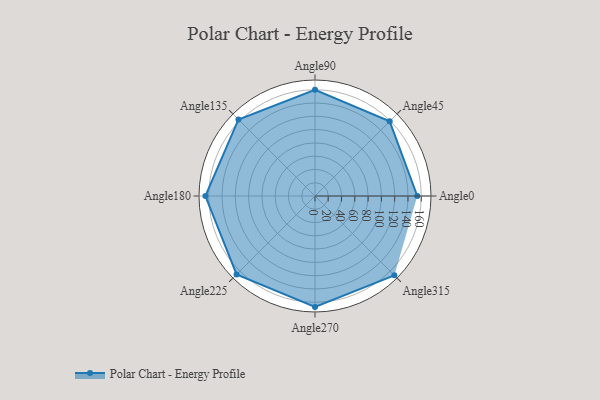
{"axis": {"x": "Angle", "y": "Radius"}, "legend": [""], "data": [{"x": "Angle0", "y": 154.0, "type": ""}, {"x": "Angle45", "y": 159.0, "type": ""}, {"x": "Angle90", "y": 160.0, "type": ""}, {"x": "Angle135", "y": 163.0, "type": ""}, {"x": "Angle180", "y": 165.0, "type": ""}, {"x": "Angle225", "y": 167.0, "type": ""}, {"x": "Angle270", "y": 167.0, "type": ""}, {"x": "Angle315", "y": 169.0, "type": ""}]}